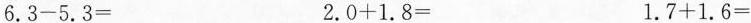
$$6.3 - 5.3 =$$ $$2.0 + 1.8 =$$ $$1.7 + 1.6 =$$